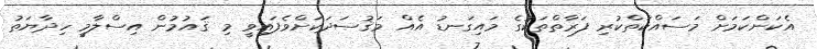
އެކަންކަމަށް މަސައްކަތްކުރި ފަރާތްތަކުގެ މައިގަނޑު އެއް މަޤުސަދަކަށްވެފައިވީ މި ޤައުމުން އިސްލާމީ ހިދާޔަތު